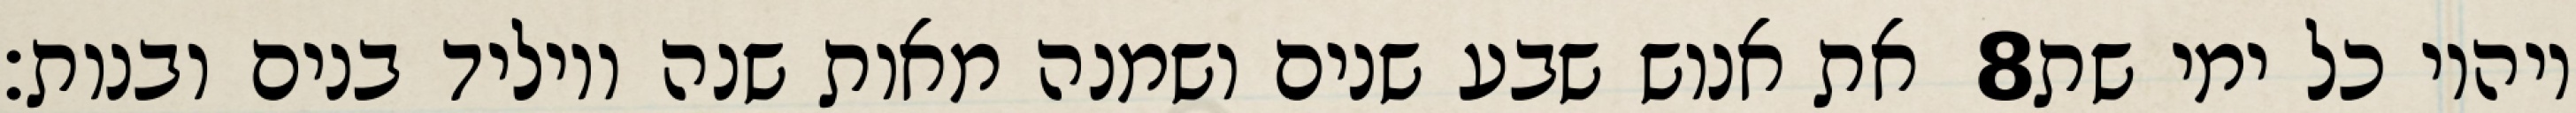
את אנוש שבע שנים ושמנה מאות שנה ויוליד בנים ובנות׃ ‎8‏ ויהיו כל ימי שת